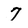
Character: 7